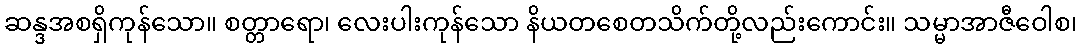
ဆန္ဒအစရှိကုန်သော။ စတ္တာရော၊ လေးပါးကုန်သော နိယတစေတသိက်တို့လည်းကောင်း။ သမ္မာအာဇီဝေါစ၊